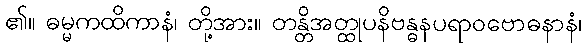
၏။ ဓမ္မကထိကာနံ၊ တို့အား။ တန္တိအတ္ထုပနိဗန္ဓနပရာဝဗောဓနာနံ၊